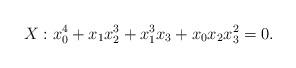
LaTeX: \begin{align*}X : x_0^4 + x_1 x_2^3 + x_1^3 x_3 + x_0 x_2 x_3^2 = 0.\end{align*}